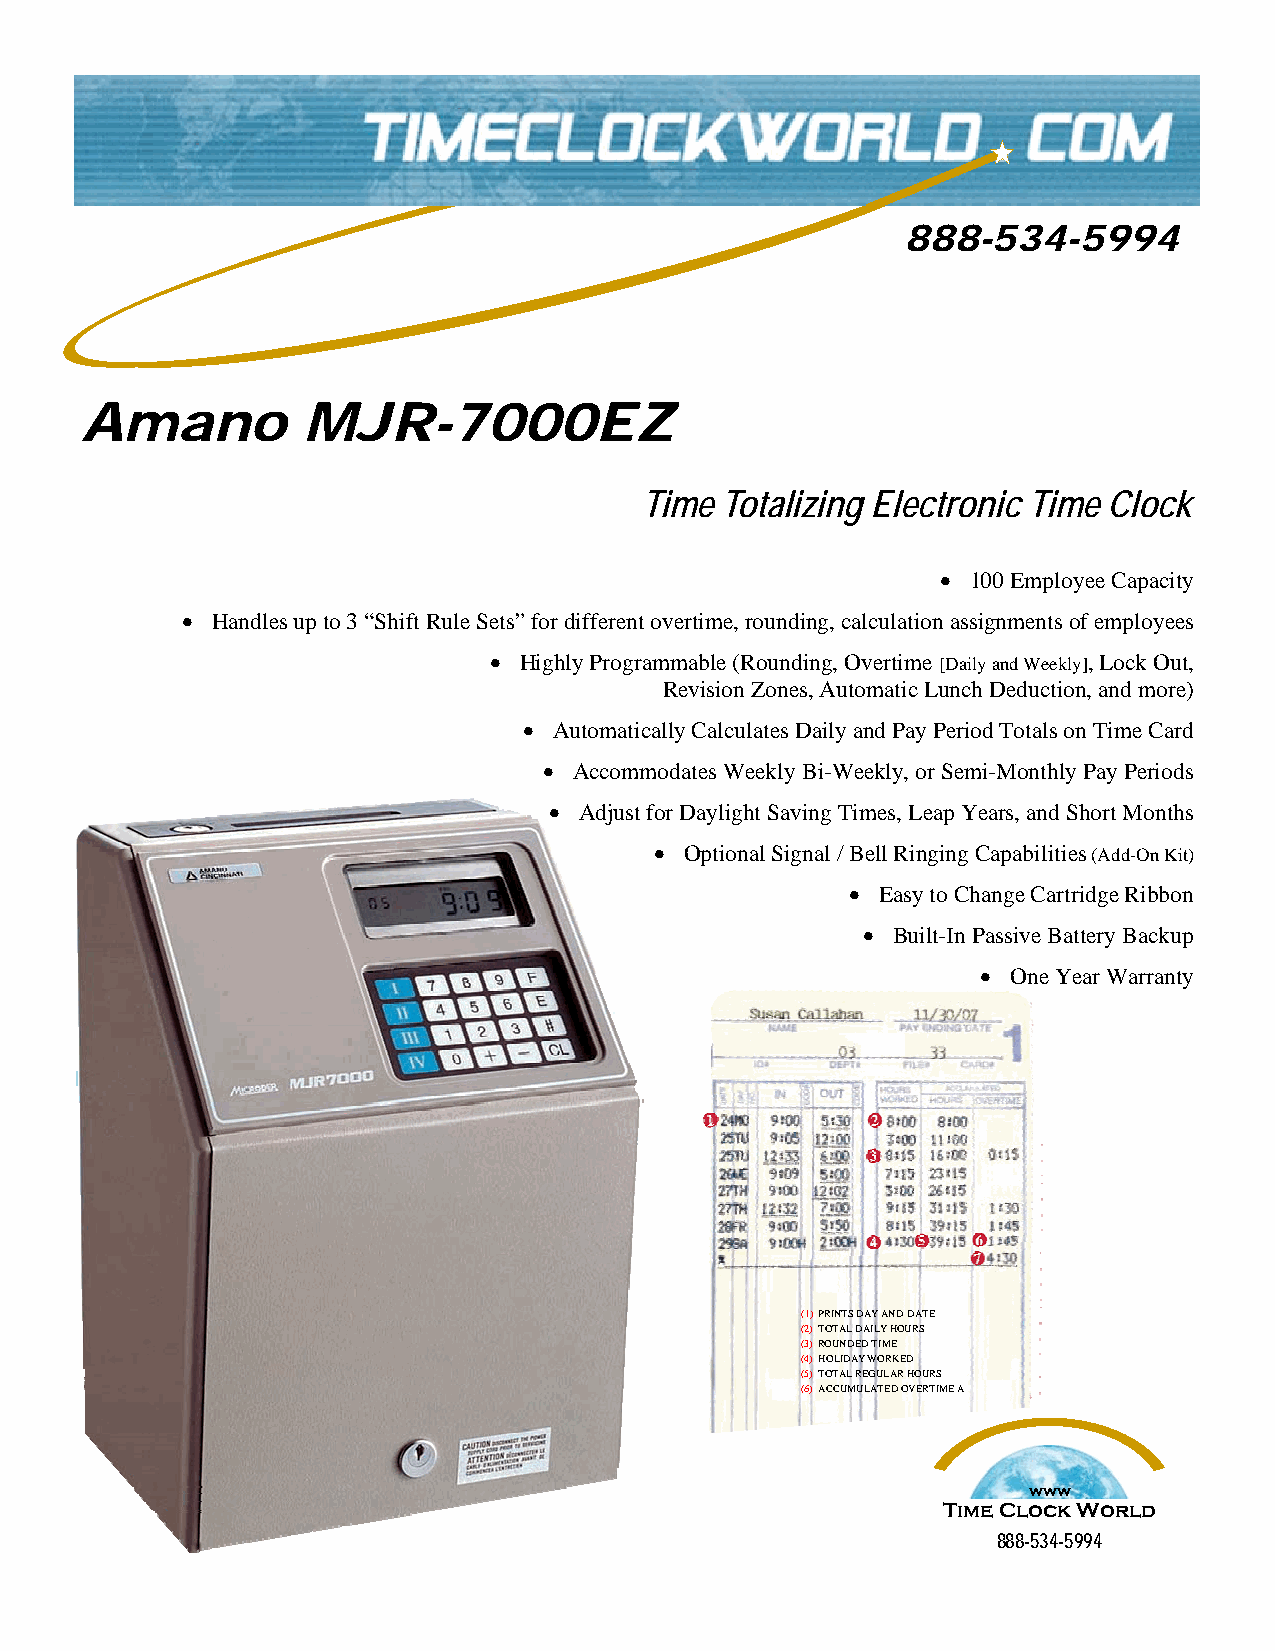
888-534-5994
 Amano          MJR-7000EZ
 Time Totalizing Electronic Time Clock
 • 100 Employee Capacity
 • Handles up to 3 “Shift Rule Sets” for different overtime, rounding, calculation assignments of employees
 • Highly Programmable (Rounding, Overtime [Daily and Weekly], Lock Out,
 Revision Zones, Automatic Lunch Deduction, and more)
 • Automatically Calculates Daily and Pay Period Totals on Time Card
 • Accommodates Weekly Bi-Weekly, or Semi-Monthly Pay Periods
 • Adjust for Daylight Saving Times, Leap Years, and Short Months
 • Optional Signal / Bell Ringing Capabilities (Add-On Kit)
 • Easy to Change Cartridge Ribbon
 • Built-In Passive Battery Backup
 • One Year Warranty
 (1) PRINTS DAY AND DATE
 (2) TOTAL DAILY HOURS
 (3) ROUNDED TIME
 (4) HOLIDAY WORKED
 (5) TOTAL REGULAR HOURS
 (6) ACCUMULATED OVERTIME A
 www
 Time Clock World
 888-534-5994